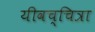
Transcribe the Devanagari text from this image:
यीवच्चित्रा